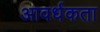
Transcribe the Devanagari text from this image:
आवर्धकता